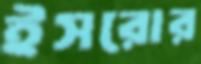
ইসরোর